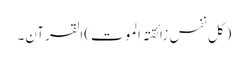
(کل نفس زائقتہ الموت)القرآن۔